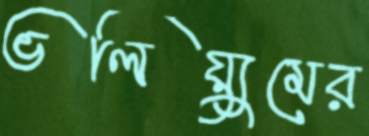
ভলিয়্যুমের